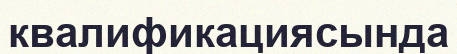
квалификациясында